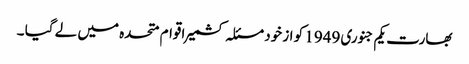
بھارت یکم جنوری 1949 کو از خود مسئلہ کشمیر اقوام متحدہ میں لے گیا ۔